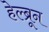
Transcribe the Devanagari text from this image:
हेल्ब्रून